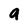
Character: a